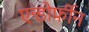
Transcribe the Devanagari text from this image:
एन्डोर्फीन